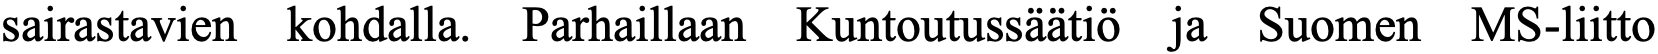
sairastavien kohdalla. Parhaillaan Kuntoutussäätiö ja Suomen MS-liitto